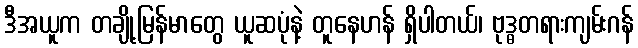
ဒီအယူက တချို့မြန်မာတွေ ယူဆပုံနဲ့ တူနေဟန် ရှိပါတယ်၊ ဗုဒ္ဓတရားကျမ်းဂန်